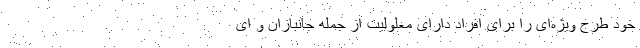
خود طرح ويژه‌ای را برای افراد دارای معلولیت از جمله جانبازان و ای